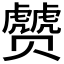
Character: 𰷮